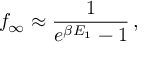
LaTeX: f _ { \infty } \approx \frac { 1 } { e ^ { \beta E _ { 1 } } - 1 } \, ,